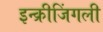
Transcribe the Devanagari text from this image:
इन्क्रीजिंगली